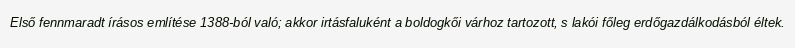
Első fennmaradt írásos említése 1388-ból való; akkor irtásfaluként a boldogkői várhoz tartozott, s lakói főleg erdőgazdálkodásból éltek.